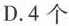
D.4个